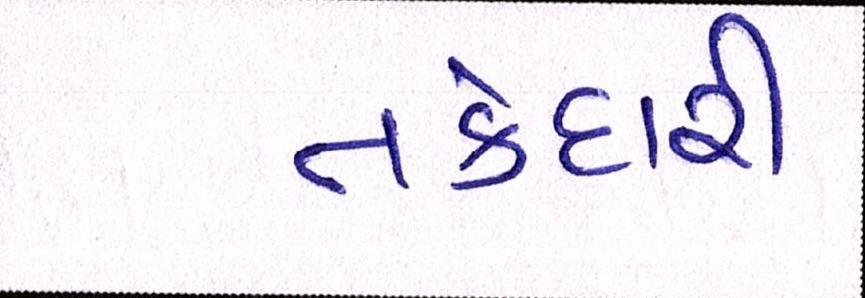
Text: તકેદારી